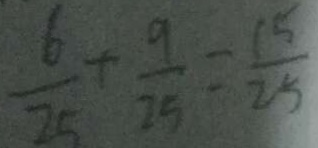
\frac { 6 } { 2 5 } + \frac { 9 } { 2 5 } = \frac { 1 5 } { 2 5 }